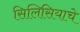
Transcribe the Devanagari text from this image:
सिलिसियाचे